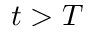
t > T